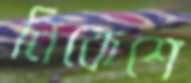
নিকেশে